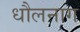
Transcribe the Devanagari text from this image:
धौलनाग